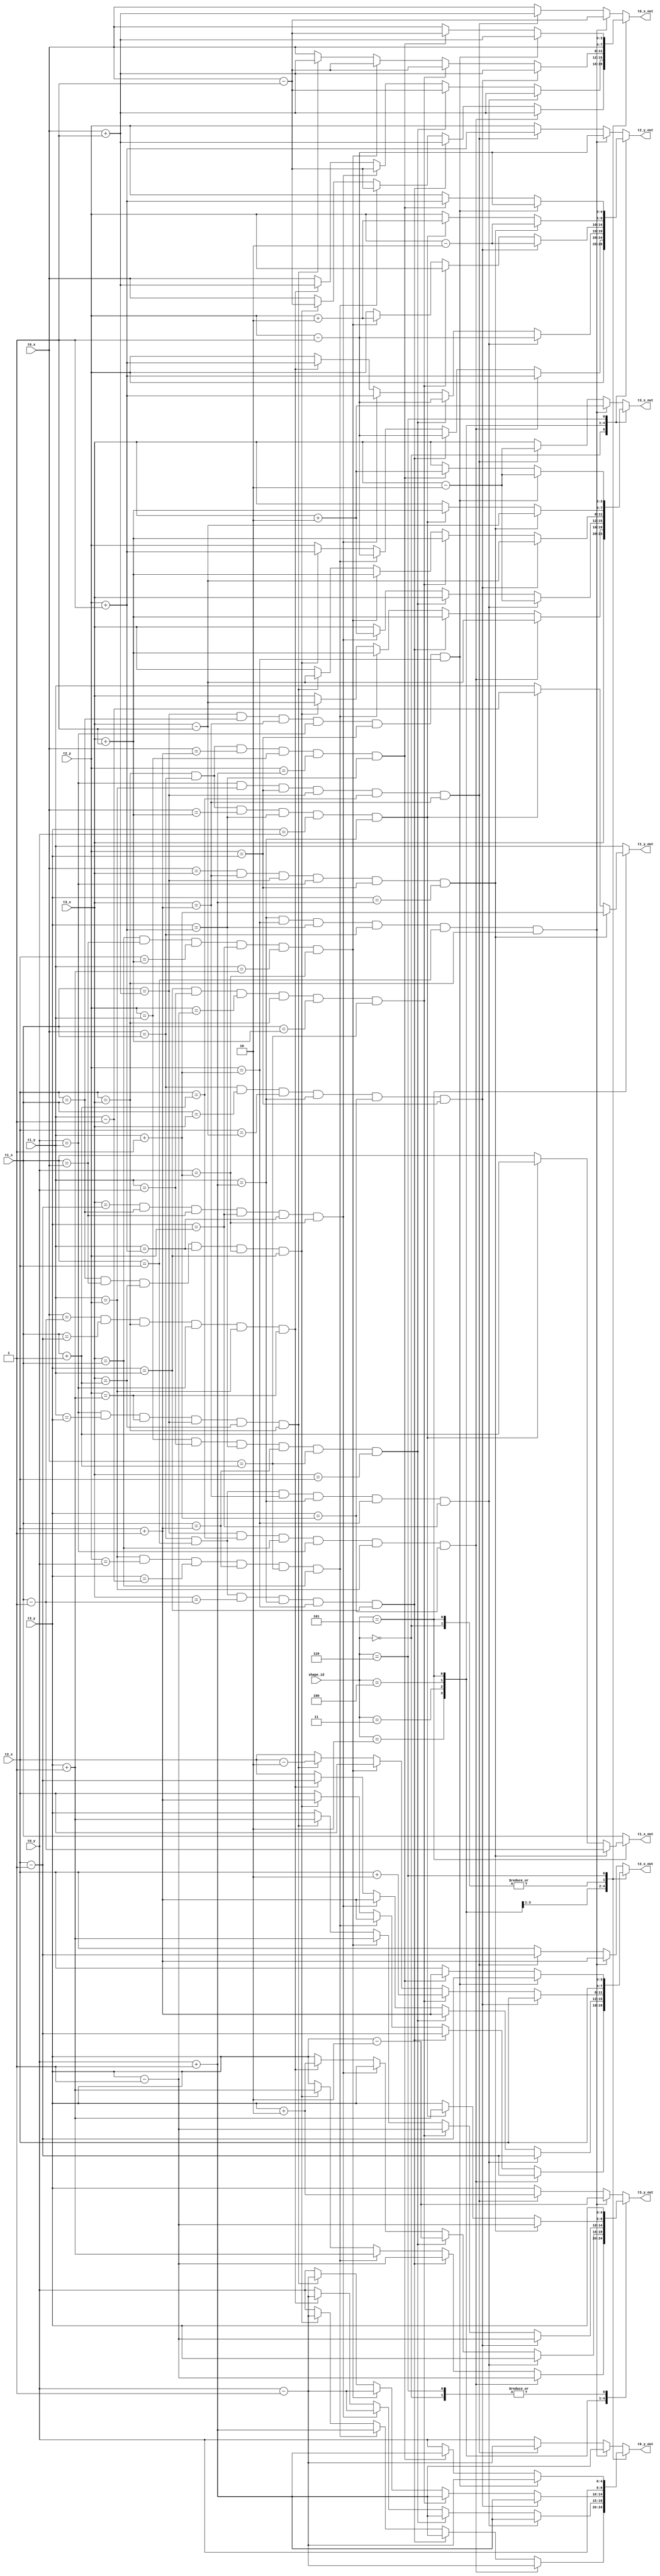
module shape_rotator(
    input [2:0] shape_id,
    input [3:0] t0_x,
    input [3:0] t1_x,
    input [3:0] t2_x,
    input [3:0] t3_x,
    input [4:0] t0_y,
    input [4:0] t1_y,
    input [4:0] t2_y,
    input [4:0] t3_y,
    output reg [3:0] t0_x_out,
    output reg [3:0] t1_x_out,
    output reg [3:0] t2_x_out,
    output reg [3:0] t3_x_out,
    output reg [4:0] t0_y_out,
    output reg [4:0] t1_y_out,
    output reg [4:0] t2_y_out,
    output reg [4:0] t3_y_out
);
    
    always@(*) begin
        t0_x_out <= t0_x;
        t1_x_out <= t1_x;
        t2_x_out <= t2_x;
        t3_x_out <= t3_x;
        t0_y_out <= t0_y;
        t1_y_out <= t1_y;
        t2_y_out <= t2_y;
        t3_y_out <= t3_y;
        case(shape_id)
            3'd0: begin // "O" -- 1 state
                t0_x_out <= t0_x;
                t0_y_out <= t0_y;
                t1_x_out <= t1_x;
                t1_y_out <= t1_y;
                t2_x_out <= t2_x;
                t2_y_out <= t2_y;
                t3_x_out <= t3_x;
                t3_y_out <= t3_y;
            end
            3'd1: begin // "I" -- 2 states
                if (t1_y == t0_y + 1'd1 && t2_y == t1_y + 1'd1 && t3_y == t2_y + 1'd1 && t0_x == t1_x && t1_x == t2_x && t2_x == t3_x) begin
                    t0_x_out <= t0_x - 1'd1;
                    t0_y_out <= t0_y + 1'd1;
                    t1_x_out <= t1_x;
                    t1_y_out <= t1_y;
                    t2_x_out <= t2_x + 1'd1;
                    t2_y_out <= t2_y - 1'd1;
                    t3_x_out <= t3_x + 2'd2;
                    t3_y_out <= t3_y - 2'd2;
                end
                else if (t0_y == t1_y && t1_y == t2_y && t2_y == t3_y && t1_x == t0_x + 1'd1 && t2_x == t1_x + 1'd1 && t3_x == t2_x + 1'd1) begin
                    t0_x_out <= t0_x + 1'd1;
                    t0_y_out <= t0_y - 1'd1;
                    t1_x_out <= t1_x;
                    t1_y_out <= t1_y;
                    t2_x_out <= t2_x - 1'd1;
                    t2_y_out <= t2_y + 1'd1;
                    t3_x_out <= t3_x - 2'd2;
                    t3_y_out <= t3_y + 2'd2;
                end
            end
            3'd2: begin // "T" -- 4 states
                if (t1_x == t0_x + 1'd1 && t2_x == t1_x + 1'd1 && t3_x == t1_x && t0_y == t1_y && t1_y == t2_y && t3_y == t1_y + 1'd1) begin
                    t0_x_out <= t0_x + 1'd1;
                    t0_y_out <= t0_y - 1'd1;
                    t1_x_out <= t1_x;
                    t1_y_out <= t1_y;
                    t2_x_out <= t2_x - 1'd1;
                    t2_y_out <= t2_y + 1'd1;
                    t3_x_out <= t3_x - 1'd1;
                    t3_y_out <= t3_y - 1'd1;
                end
                else if (t0_x == t1_x && t1_x == t2_x && t3_x == t1_x - 1'd1 && t1_y == t0_y + 1'd1 && t2_y == t1_y + 1'd1 && t3_y == t1_y) begin
                    t0_x_out <= t0_x + 1'd1;
                    t0_y_out <= t0_y + 1'd1;
                    t1_x_out <= t1_x;
                    t1_y_out <= t1_y;
                    t2_x_out <= t2_x - 1'd1;
                    t2_y_out <= t2_y - 1'd1;
                    t3_x_out <= t3_x + 1'd1;
                    t3_y_out <= t3_y - 1'd1;
                end
                else if (t1_y == t2_y && t2_y == t0_y && t3_y == t1_y - 1'd1 && t1_x == t2_x + 1'd1 && t0_x == t1_x + 1'd1 && t3_x == t1_x) begin
                    t0_x_out <= t0_x - 1'd1;
                    t0_y_out <= t0_y + 1'd1;
                    t1_x_out <= t1_x;
                    t1_y_out <= t1_y;
                    t2_x_out <= t2_x + 1'd1;
                    t2_y_out <= t2_y - 1'd1;
                    t3_x_out <= t3_x + 1'd1;
                    t3_y_out <= t3_y + 1'd1;
                end
                else if (t2_x == t1_x && t1_x == t0_x && t3_x == t1_x + 1'd1 && t1_y == t2_y + 1'd1 && t0_y == t1_y + 1'd1 && t3_y == t1_y) begin
                    t0_x_out <= t0_x - 1'd1;
                    t0_y_out <= t0_y - 1'd1;
                    t1_x_out <= t1_x;
                    t1_y_out <= t1_y;
                    t2_x_out <= t2_x + 1'd1;
                    t2_y_out <= t2_y + 1'd1;
                    t3_x_out <= t3_x - 1'd1;
                    t3_y_out <= t3_y + 1'd1;
                end
            end
            3'd3: begin // "L" -- 4 states
                if (t0_x == t1_x && t1_x == t2_x && t3_x == t2_x + 1'd1 && t1_y == t0_y + 1'd1 && t2_y == t1_y + 1'd1 && t3_y == t2_y) begin
                    t0_x_out <= t0_x + 1'd1;
                    t0_y_out <= t0_y + 1'd1;
                    t1_x_out <= t1_x;
                    t1_y_out <= t1_y;
                    t2_x_out <= t2_x - 1'd1;
                    t2_y_out <= t2_y - 1'd1;
                    t3_x_out <= t3_x - 2'd2;
                    t3_y_out <= t3_y;
                end
                else if (t2_y == t1_y && t1_y == t0_y && t3_y == t2_y + 1'd1 && t1_x == t2_x + 1'd1 && t0_x == t1_x + 1'd1 && t3_x == t2_x) begin
                    t0_x_out <= t0_x - 1'd1;
                    t0_y_out <= t0_y + 1'd1;
                    t1_x_out <= t1_x;
                    t1_y_out <= t1_y;
                    t2_x_out <= t2_x + 1'd1;
                    t2_y_out <= t2_y - 1'd1;
                    t3_x_out <= t3_x;
                    t3_y_out <= t3_y - 2'd2;
                end
                else if (t3_x == t2_x - 1'd1 && t2_x == t1_x && t1_x == t0_x && t3_y == t2_y && t1_y == t2_y + 1'd1 && t0_y == t1_y + 1'd1) begin
                    t0_x_out <= t0_x - 1'd1;
                    t0_y_out <= t0_y - 1'd1;
                    t1_x_out <= t1_x;
                    t1_y_out <= t1_y;
                    t2_x_out <= t2_x + 1'd1;
                    t2_y_out <= t2_y + 1'd1;
                    t3_x_out <= t3_x + 2'd2;
                    t3_y_out <= t3_y;
                end
                else if (t0_x == t1_x - 1'd1 && t1_x == t2_x - 1'd1 && t2_x == t3_x && t0_y == t1_y && t1_y == t2_y && t2_y == t3_y + 1'd1) begin
                    t0_x_out <= t0_x + 1'd1;
                    t0_y_out <= t0_y - 1'd1;
                    t1_x_out <= t1_x;
                    t1_y_out <= t1_y;
                    t2_x_out <= t2_x - 1'd1;
                    t2_y_out <= t2_y + 1'd1;
                    t3_x_out <= t3_x;
                    t3_y_out <= t3_y + 2'd2;
                end
            end
            3'd4: begin // "J" -- 4 states
                if (t0_x == t1_x && t1_x == t3_x && t2_x == t3_x - 1'd1 && t1_y == t0_y + 1'd1 && t3_y == t1_y + 1'd1 && t2_y == t3_y) begin
                    t0_x_out <= t0_x + 1'd1;
                    t0_y_out <= t0_y + 1'd1;
                    t1_x_out <= t1_x;
                    t1_y_out <= t1_y;
                    t2_x_out <= t2_x;
                    t2_y_out <= t2_y - 2'd2;
                    t3_x_out <= t3_x - 1'd1;
                    t3_y_out <= t3_y - 1'd1;
                end
                else if (t3_y == t1_y && t1_y == t0_y && t2_y == t3_y - 1'd1 && t2_x == t3_x && t1_x == t3_x + 1'd1 && t0_x == t1_x + 1'd1) begin
                    t0_x_out <= t0_x - 1'd1;
                    t0_y_out <= t0_y + 1'd1;
                    t1_x_out <= t1_x;
                    t1_y_out <= t1_y;
                    t2_x_out <= t2_x + 2'd2;
                    t2_y_out <= t2_y;
                    t3_x_out <= t3_x + 1'd1;
                    t3_y_out <= t3_y - 1'd1;
                end
                else if (t3_x == t1_x && t1_x == t0_x && t2_x == t3_x + 1'd1 && t3_y == t2_y && t1_y == t3_y + 1'd1 && t0_y == t1_y + 1'd1) begin
                    t0_x_out <= t0_x - 1'd1;
                    t0_y_out <= t0_y - 1'd1;
                    t1_x_out <= t1_x;
                    t1_y_out <= t1_y;
                    t2_x_out <= t2_x;
                    t2_y_out <= t2_y + 2'd2;
                    t3_x_out <= t3_x + 1'd1;
                    t3_y_out <= t3_y + 1'd1;
                end
                else if (t0_y == t1_y && t1_y == t3_y && t2_y == t3_y + 1'd1 && t1_x == t0_x + 1'd1 && t3_x == t1_x + 1'd1 && t2_x == t3_x) begin
                    t0_x_out <= t0_x + 1'd1;
                    t0_y_out <= t0_y - 1'd1;
                    t1_x_out <= t1_x;
                    t1_y_out <= t1_y;
                    t2_x_out <= t2_x - 2'd2;
                    t2_y_out <= t2_y;
                    t3_x_out <= t3_x - 1'd1;
                    t3_y_out <= t3_y + 1'd1;
                end
            end
            3'd5: begin // "S" -- 2 states
                if (t0_x == t3_x && t3_x == t2_x + 1'd1 && t1_x == t0_x + 1'd1 && t0_y == t1_y && t2_y == t3_y && t3_y == t0_y + 1'd1) begin
                    t0_x_out <= t0_x;
                    t0_y_out <= t0_y;
                    t1_x_out <= t1_x - 1'd1;
                    t1_y_out <= t1_y + 1'd1;
                    t2_x_out <= t2_x;
                    t2_y_out <= t2_y - 2'd2;
                    t3_x_out <= t3_x - 1'd1;
                    t3_y_out <= t3_y - 1'd1;
                end
                else if (t2_x == t3_x && t0_x == t1_x && t0_x == t3_x + 1'd1 && t3_y == t2_y + 1'd1 && t3_y == t0_y && t1_y == t0_y + 1'd1) begin
                    t0_x_out <= t0_x;
                    t0_y_out <= t0_y;
                    t1_x_out <= t1_x + 1'd1;
                    t1_y_out <= t1_y - 1'd1;
                    t2_x_out <= t2_x;
                    t2_y_out <= t2_y + 2'd2;
                    t3_x_out <= t3_x + 1'd1;
                    t3_y_out <= t3_y + 1'd1;
                end
            end
            3'd6: begin // "Z" -- 2 states
                if (t1_x == t0_x + 1'd1 && t2_x == t1_x && t3_x == t2_x + 1'd1 && t0_y == t1_y && t2_y == t3_y && t2_y == t1_y + 1'd1) begin
                    t0_x_out <= t0_x + 1'd1;
                    t0_y_out <= t0_y - 1'd1;
                    t1_x_out <= t1_x;
                    t1_y_out <= t1_y;
                    t2_x_out <= t2_x - 1'd1;
                    t2_y_out <= t2_y - 1'd1;
                    t3_x_out <= t3_x - 2'd2;
                    t3_y_out <= t3_y;
                end
                else if(t0_x == t1_x && t2_x == t3_x && t0_x == t2_x + 1'd1 && t2_y == t1_y && t2_y == t0_y + 1'd1 && t3_y == t2_y + 1'd1) begin
                    t0_x_out <= t0_x - 1'd1;
                    t0_y_out <= t0_y + 1'd1;
                    t1_x_out <= t1_x;
                    t1_y_out <= t1_y;
                    t2_x_out <= t2_x + 1'd1;
                    t2_y_out <= t2_y + 1'd1;
                    t3_x_out <= t3_x + 2'd2;
                    t3_y_out <= t3_y;
                end
            end
            default: begin // same as "I"
                if (t1_y == t0_y + 1'd1 && t2_y == t1_y + 1'd1 && t3_y == t2_y + 1'd1 && t0_x == t1_x && t1_x == t2_x && t2_x == t3_x) begin
                    t0_x_out <= t0_x - 1'd1;
                    t0_y_out <= t0_y + 1'd1;
                    t1_x_out <= t1_x;
                    t1_y_out <= t1_y;
                    t2_x_out <= t2_x + 1'd1;
                    t2_y_out <= t2_y - 1'd1;
                    t3_x_out <= t3_x + 2'd2;
                    t3_y_out <= t3_y - 2'd2;
                end
                else if (t0_y == t1_y && t1_y == t2_y && t2_y == t3_y && t1_x == t0_x + 1'd1 && t2_x == t1_x + 1'd1 && t3_x == t2_x + 1'd1) begin
                    t0_x_out <= t0_x + 1'd1;
                    t0_y_out <= t0_y - 1'd1;
                    t1_x_out <= t1_x;
                    t1_y_out <= t1_y;
                    t2_x_out <= t2_x - 1'd1;
                    t2_y_out <= t2_y + 1'd1;
                    t3_x_out <= t3_x - 2'd2;
                    t3_y_out <= t3_y + 2'd2;
                end
            end
        endcase
    end


endmodule